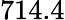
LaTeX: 714.4